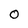
Character: 0